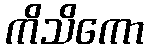
ကိသိကော